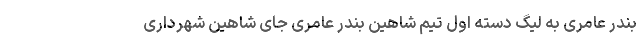
بندر عامری به لیگ دسته اول تیم شاهین بندر عامری جای شاهین شهرداری